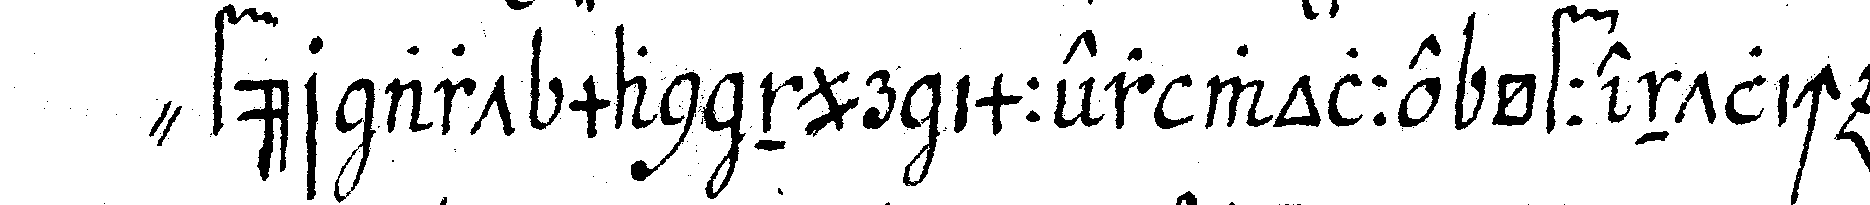
" für art man nur immer wolle öffentlich er